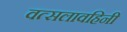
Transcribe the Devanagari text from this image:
वत्सलावहिनी